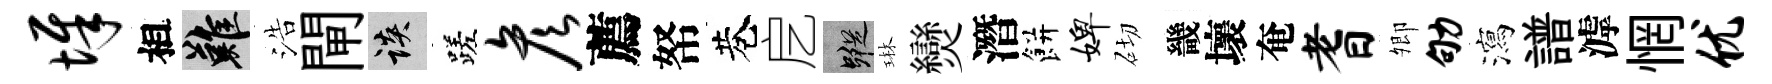
墀相難浩閘談蹉彦薦帑巷戹蹤琳𤓖潛餅婢砌畿壞奄耆𡖖劬瀉譜滹惘优